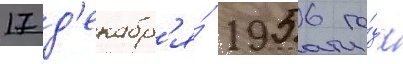
17 д'екабр'я́ 1956 го́да